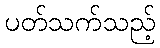
ပတ်သက်သည့်